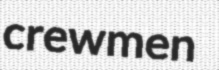
crewmen